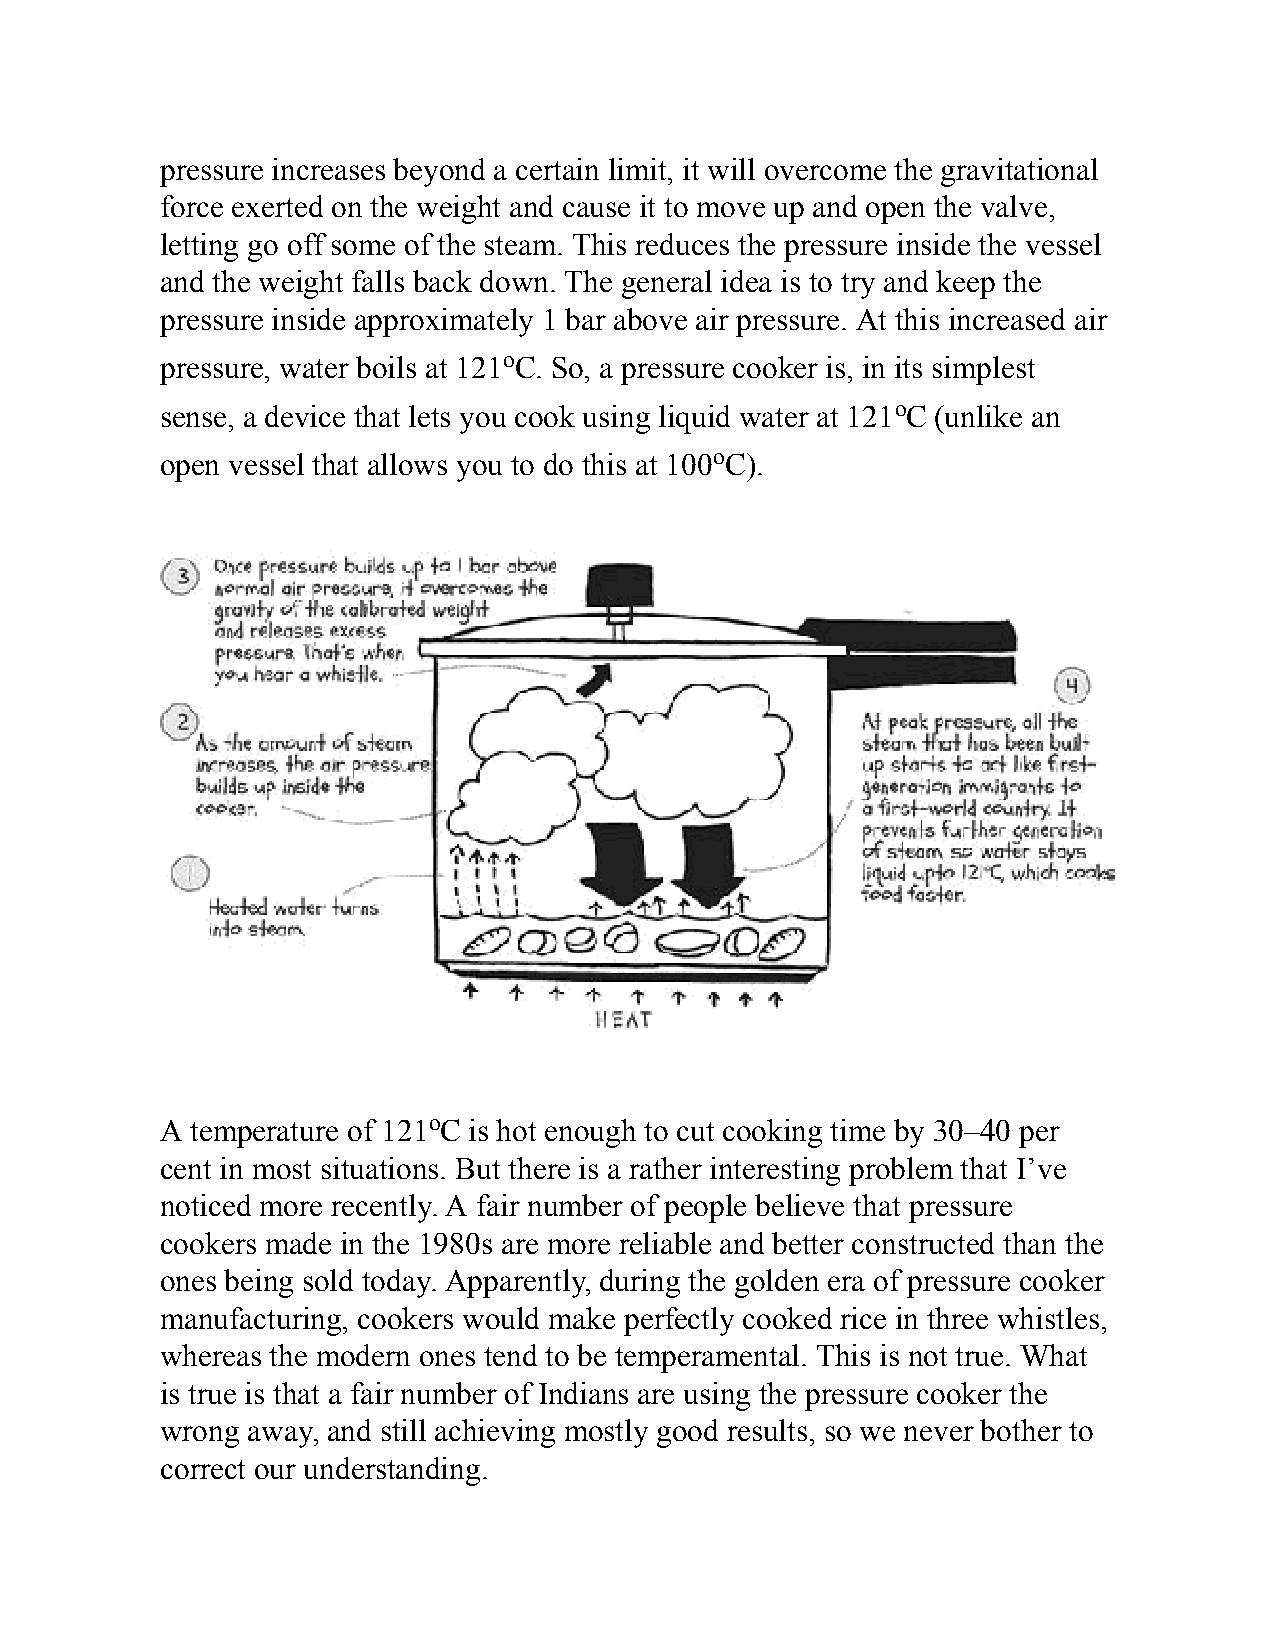
pressure increases beyond a certain limit, it will overcome the gravitational
 force exerted on the weight and cause it to move up and open the valve,
 letting go off some of the steam. This reduces the pressure inside the vessel
 and the weight falls back down. The general idea is to try and keep the
 pressure inside approximately 1 bar above air pressure. At this increased air
 pressure, water boils at 121oC. So, a pressure cooker is, in its simplest
 sense, a device that lets you cook using liquid water at 121oC (unlike an
 open vessel that allows you to do this at 100oC).
 A temperature of 121oC is hot enough to cut cooking time by 30–40 per
 cent in most situations. But there is a rather interesting problem that I’ve
 noticed more recently. A fair number of people believe that pressure
 cookers made in the 1980s are more reliable and better constructed than the
 ones being sold today. Apparently, during the golden era of pressure cooker
 manufacturing, cookers would make perfectly cooked rice in three whistles,
 whereas the modern ones tend to be temperamental. This is not true. What
 is true is that a fair number of Indians are using the pressure cooker the
 wrong away, and still achieving mostly good results, so we never bother to
 correct our understanding.